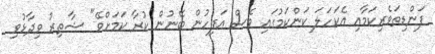
ފަންޑިތަވެރިކަމާއި އެކަހަލަ ކަންކަމުގައި ވެސް އަފިހުން ބޭނުން ކުރާ ކަމަށްވޭ" ޝާތިރު ވިދާޅުވި